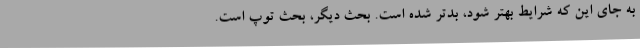
به جای این که شرایط بهتر شود، بدتر شده است. بحث دیگر، بحث توپ است.